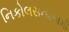
નિકોલસન૭૫મી